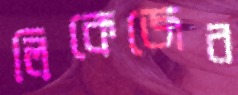
লিকেজের